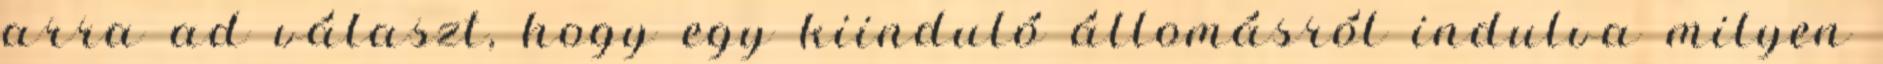
arra ad választ, hogy egy kiinduló állomásról indulva milyen